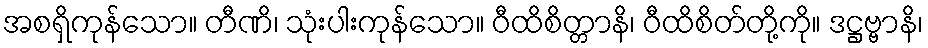
အစရှိကုန်သော။ တီဏိ၊ သုံးပါးကုန်သော။ ဝီထိစိတ္တာနိ၊ ဝီထိစိတ်တို့ကို။ ဒဋ္ဌဗ္ဗာနိ၊